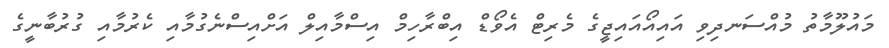
މައުލޫމާތު މުއްސަނދިވި އައިއޯއައިޖީގެ މެރިޓް އެވޯޑް އިބްރާހިމް އިސްމާއިލް އަށްއިސްނެގުމާއި ކެރުމާއި ގުރުބާނީގެ